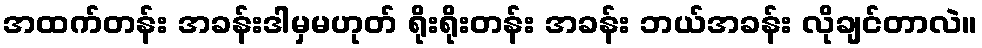
အထက်တန်း အခန်းဒါမှမဟုတ် ရိုးရိုးတန်း အခန်း ဘယ်အခန်း လိုချင်တာလဲ။